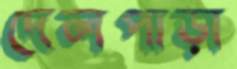
দেলপাড়া